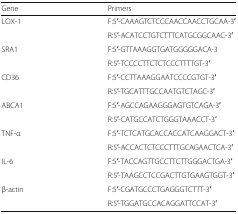
<table><thead><tr><td><b>Gene</b></td><td><b>Primers</b></td></tr></thead><tbody><tr><td rowspan="2">LOX-1</td><td>F:5′-CAAAGTCTCCCAACCAACCTGCAA-3′</td></tr><tr><td>R:5′-ACATCCTGTCTTTCATGCGGCAAC-3′</td></tr><tr><td rowspan="2">SRA1</td><td>F:5′-GTTAAAGGTGATGGGGGACA-3</td></tr><tr><td>R:5′-TCCCCTTCTCTCCCTTTTGT-3′</td></tr><tr><td rowspan="2">CD36</td><td>F:5′-CCTTAAAGGAATCCCCGTGT-3′</td></tr><tr><td>R:5′-TGCATTTGCCAATGTCTAGC-3′</td></tr><tr><td rowspan="2">ABCA1</td><td>F:5′-AGCCAGAAGGGAGTGTCAGA-3′</td></tr><tr><td>R:5′-CATGCCATCTGGGTAAACCT-3′</td></tr><tr><td rowspan="2">TNF-α</td><td>F:5′-TCTCATGCACCACCATCAAGGACT-3′</td></tr><tr><td>R:5′-ACCACTCTCCCTTTGCAGAACTCA-3′</td></tr><tr><td rowspan="2">IL-6</td><td>F:5′-TACCAGTTGCCTTCTTGGGACTGA-3′</td></tr><tr><td>R:5′-TAAGCCTCCGACTTGTGAAGTGGT-3′</td></tr><tr><td rowspan="2">β-actin</td><td>F:5′-CGATGCCCTGAGGGTCTTT-3′</td></tr><tr><td>R:5′-TGGATGCCACAGGATTCCAT-3′</td></tr></tbody></table>